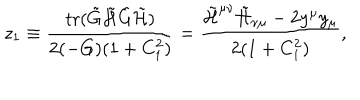
LaTeX: z _ { 1 } \equiv \frac { \mathrm { t r } ( \tilde { G } \tilde { { \cal H } } \tilde { G } \tilde { { \cal H } } ) } { 2 ( - G ) ( 1 + C _ { 1 } ^ { 2 } ) } = \frac { \tilde { { \cal H } } ^ { \mu \nu } \tilde { { \cal H } } _ { \nu \mu } - 2 y ^ { \mu } y _ { \mu } } { 2 ( 1 + C _ { 1 } ^ { 2 } ) } ,